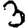
Digit: 3